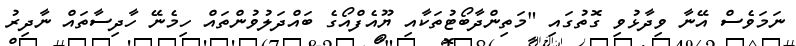
ނަމަވެސް އޭނާ ވިދާޅުވި ގޮތުގައި "މަތިންދާބޯޓުތަކާއި ޔޫއެފްއޯގެ ބައްދަލުވުންތައް ހިމެނޭ ހާދިސާތައް ނާދިރު